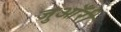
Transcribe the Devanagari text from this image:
जुआँरी